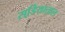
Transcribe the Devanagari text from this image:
सडि़याताल